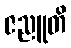
ဇညူတိ